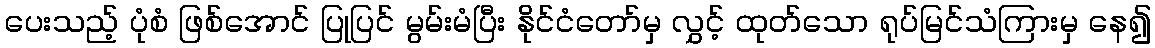
ပေးသည့် ပုံစံ ဖြစ်အောင် ပြုပြင် မွမ်းမံပြီး နိုင်ငံတော်မှ လွှင့် ထုတ်သော ရုပ်မြင်သံကြားမှ နေ၍